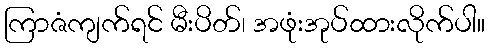
ကြာဇံကျက်ရင် မီးပိတ်၊ အဖုံးအုပ်ထားလိုက်ပါ။